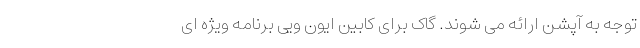
توجه به آپشن ارائه می شوند. گاک برای کابین ایون ویی برنامه ویژه ای